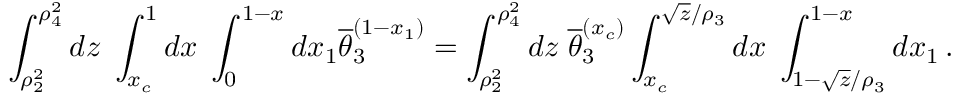
\int _ { \rho _ { 2 } ^ { 2 } } ^ { \rho _ { 4 } ^ { 2 } } d z \; \int _ { x _ { c } } ^ { 1 } d x \; \int _ { 0 } ^ { 1 - x } d x _ { 1 } \overline { { { \theta } } } _ { 3 } ^ { ( 1 - x _ { 1 } ) } = \int _ { \rho _ { 2 } ^ { 2 } } ^ { \rho _ { 4 } ^ { 2 } } d z \; \overline { { { \theta } } } _ { 3 } ^ { ( x _ { c } ) } \int _ { x _ { c } } ^ { \sqrt { z } / \rho _ { 3 } } d x \; \int _ { 1 - \sqrt { z } / \rho _ { 3 } } ^ { 1 - x } d x _ { 1 } \, .